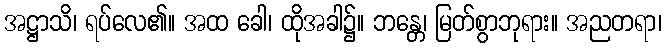
အဋ္ဌာသိ၊ ရပ်လေ၏။ အထ ခေါ၊ ထိုအခါ၌။ ဘန္တေ၊ မြတ်စွာဘုရား။ အညတရာ၊